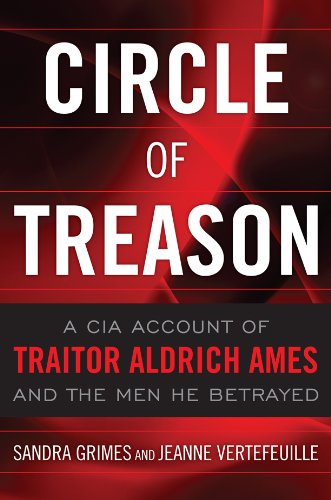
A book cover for Circle of Treason: A CIA Account of Traitor Aldrich Ames and the Men He Betrayed; Sandra Grimes; Biographies & Memoirs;